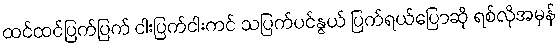
ထင်ထင်ပြက်ပြက် ငါးပြက်ငါးကင် သပြက်ပင်နွယ် ပြက်ရယ်ပြောဆို ရစ်လိုအမှန်